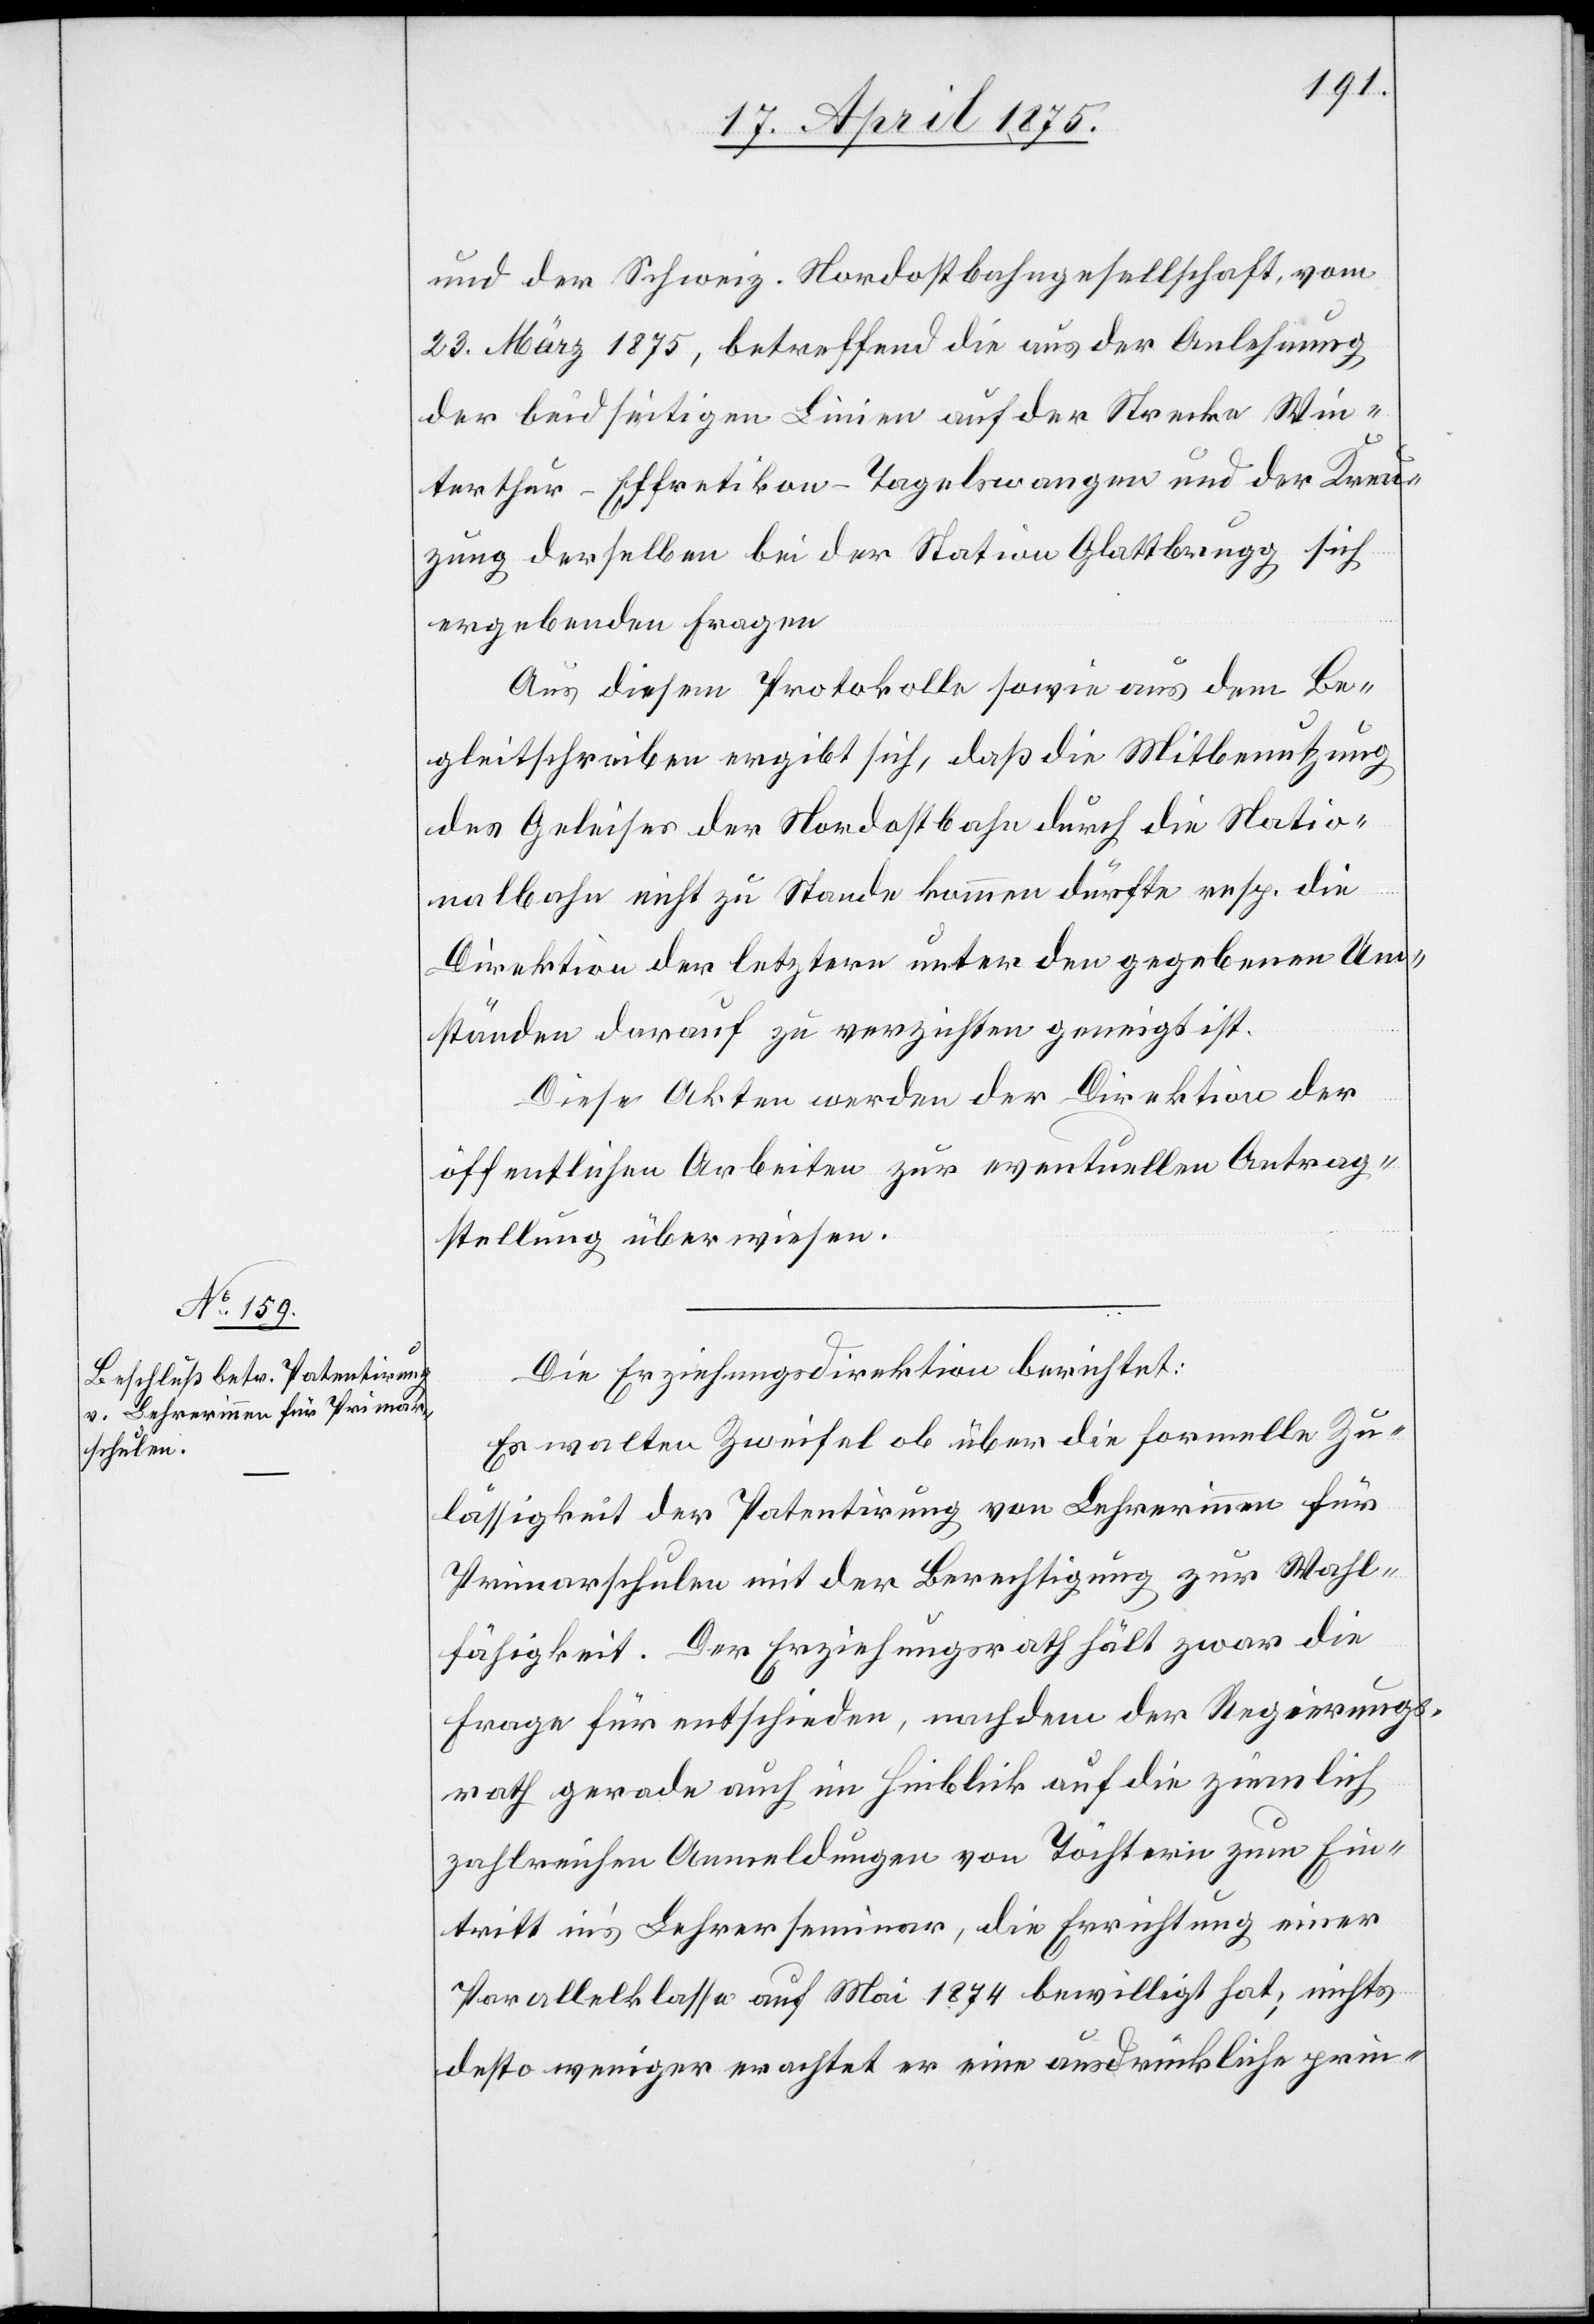
und der Schweiz. Nordostbahngesellschaft, vom
23. März 1875, betreffend die aus der Anlehnung
der beidseitigen Linien auf der Strecke Win¬
terthur–Effretikon–Tagelswangen und der Kreu¬
zung derselben bei der Station Glattbrugg sich
ergebenden Fragen.
Aus diesem Protokolle sowie aus dem Be¬
gleitschreiben ergibt sich, daß die Mitbenutzung
des Geleises der Nordostbahn durch die Natio¬
nalbahn nicht zu Stande kommen dürfte resp. die
Direktion der letztern unter den gegebenen Um¬
ständen darauf zu verzichten geneigt ist.
Diese Akten werden der Direktion der
öffentlichen Arbeiten zur eventuellen Antrag¬
stellung überwiesen.
Die Erziehungsdirektion berichtet:
Es walten Zweifel ob über die formelle Zu¬
lässigkeit der Patentirung von Lehrerinnen für
Primarschulen mit der Berechtigung zur Wahl¬
fähigkeit. Der Erziehungsrath hält zwar die
Frage für entschieden, nachdem der Regierungs¬
rath gerade auf im Hinblick auf die ziemlich
zahlreichen Anmeldungen von Töchtern zum Ein¬
tritt in’s Lehrerseminar, die Errichtung einer
Parallelklasse auf Mai 1874 bewilligt hat, nichts
desto weniger erachtet er eine ausdrückliche prin-